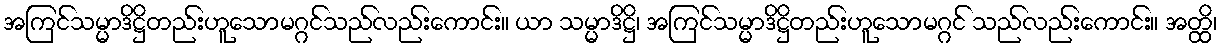
အကြင်သမ္မာဒိဋ္ဌိတည်းဟူသောမဂ္ဂင်သည်လည်းကောင်း။ ယာ သမ္မာဒိဋ္ဌိ၊ အကြင်သမ္မာဒိဋ္ဌိတည်းဟူသောမဂ္ဂင် သည်လည်းကောင်း။ အတ္ထိ၊